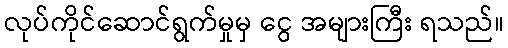
လုပ်ကိုင်ဆောင်ရွက်မှုမှ ငွေ အများကြီး ရသည်။